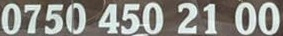
0750 450 21 00